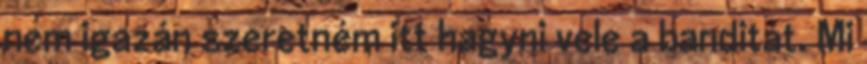
nem igazán szeretném itt hagyni vele a banditát. Mi